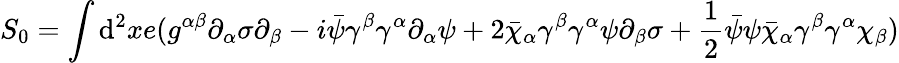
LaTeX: S_{0}=\int\mathrm{d}^{2}xe(g^{\alpha\beta}\partial_{\alpha}\sigma\partial_{\beta}-i\bar{{\psi}}\gamma^{\beta}\gamma^{\alpha}\partial_{\alpha}\psi+2\bar{{\chi}}_{\alpha}\gamma^{\beta}\gamma^{\alpha}\psi\partial_{\beta}\sigma+\frac{{1}}{{2}}\bar{{\psi}}\psi\bar{{\chi}}_{\alpha}\gamma^{\beta}\gamma^{\alpha}\chi_{\beta})